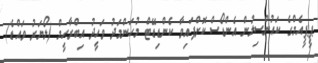
ޕީޕީއެމްގެ ކައުންސިލުން އެންޑޯސް ކޮށްފައިވާ ކެންޑިޑޭޓް މުހަންމަދު ވަހީދު އިބްރާހީމް (ލޯޔަރު ވައްޑެ)